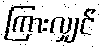
ကြားလျှင်